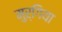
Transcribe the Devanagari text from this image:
मुर्गिया